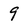
Character: 9